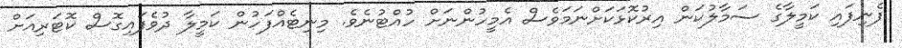
ފެނިފައި ކަމީލާގެ ސަމާލުކަން އިރުކޮޅަކަށްނަމަވެސް އެމީހުންނަށް ހުއްޓުނެވެ. މިނިޓެއްފަހުން ކަމީލާ ދުވެފައިގޮސް ކޮޓަރިއަށް